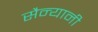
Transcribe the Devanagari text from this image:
सैन्यानी